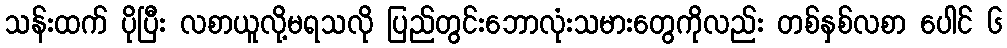
သန်းထက် ပိုပြီး လစာယူလို့မရသလို ပြည်တွင်းဘောလုံးသမားတွေကိုလည်း တစ်နှစ်လစာ ပေါင် ၆